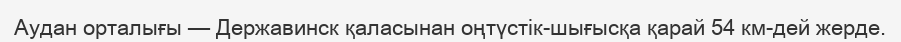
Аудан орталығы — Державинск қаласынан оңтүстік-шығысқа қарай 54 км-дей жерде.